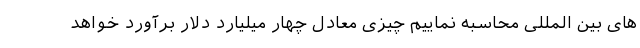
های بین المللی محاسبه نماییم چیزی معادل چهار میلیارد دلار برآورد خواهد